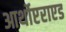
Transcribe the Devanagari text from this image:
आर्थोप्टराएड